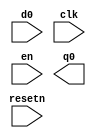
module edge_testing (d0,clk, resetn, en,q0);

input clk;
input resetn;
input en;
input d0;
output q0;

posedge_reg_sync_reset zzxx_posedge_reg_sync_reset_zzxx (d2,clk,resetn,en,q2);

endmodule


module posedge_reg_sync_reset(d,clk,resetn,en,q);


input clk;
input resetn;
input en;
input d;
output  q;
reg q;

always @(posedge clk )		
begin
	if (resetn==0)
		q<=0;
	else if (en==1)
		q<=d;
end

endmodule